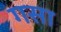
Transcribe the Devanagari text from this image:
गसा